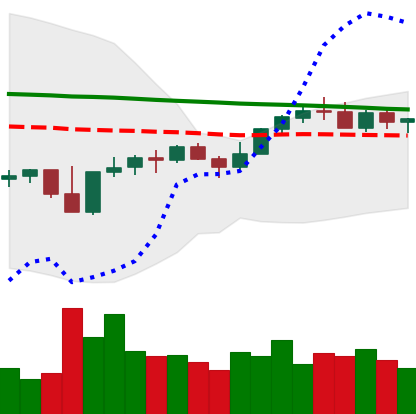
Ticker: XMR-USD
Chart end date: 2022-12-07
Forward return: 4.559%
Label: up_3_5